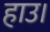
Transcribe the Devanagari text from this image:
हाउ।